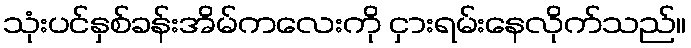
သုံးပင်နှစ်ခန်းအိမ်ကလေးကို ငှားရမ်းနေလိုက်သည်။